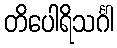
တိပေါရိသင်္ဂါ